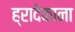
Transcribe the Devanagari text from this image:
ह्रादेकाना